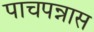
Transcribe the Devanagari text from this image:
पाचपन्नास